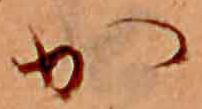
か